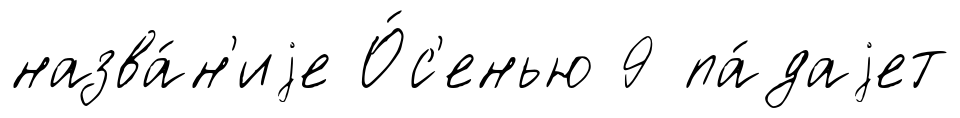
назва́н'иjе О́с'енью 9 па́даjет